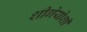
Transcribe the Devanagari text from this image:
शीगेयोशी